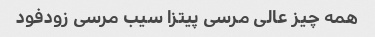
همه چیز عالی مرسی پیتزا سیب مرسی زودفود